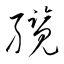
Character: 纜